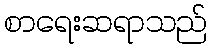
စာရေးဆရာသည်